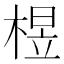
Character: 𰗽